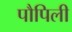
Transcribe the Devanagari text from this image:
पौपिली